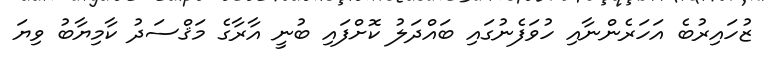
ޒުހައިރުބެ އަހަރެންނާއި ހުވަފެނުގައި ބައްދަލު ކޮށްފައި ބުނީ އާރާގެ މަޤްސަދު ކާމިޔާބު ވިޔަ